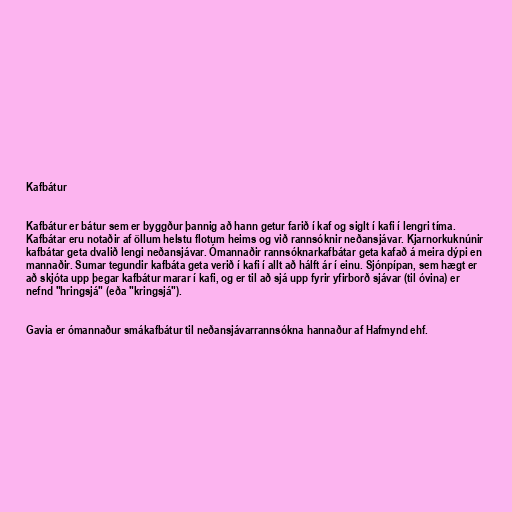
Kafbátur

Kafbátur er bátur sem er byggður þannig að hann getur farið í kaf og siglt í kafi í lengri tíma.
Kafbátar eru notaðir af öllum helstu flotum heims og við rannsóknir neðansjávar. Kjarnorkuknúnir
kafbátar geta dvalið lengi neðansjávar. Ómannaðir rannsóknarkafbátar geta kafað á meira dýpi en
mannaðir. Sumar tegundir kafbáta geta verið í kafi í allt að hálft ár í einu. Sjónpípan, sem hægt er
að skjóta upp þegar kafbátur marar í kafi, og er til að sjá upp fyrir yfirborð sjávar (til óvina) er
nefnd "hringsjá" (eða "kringsjá").

Gavia er ómannaður smákafbátur til neðansjávarrannsókna hannaður af Hafmynd ehf.